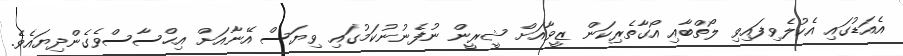
އެއަޑުގައި އެކުލެވިފައިވި ލޯތްބާއި އޯގާތެރިކަން ޒީވާއަށް ޝީރީން ނުފެނުނުކަމުގައި ވިޔަސް އޭނާއަށް އިޙްސާސްވެގެންދިޔައެވެ.